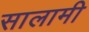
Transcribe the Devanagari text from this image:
सालामी